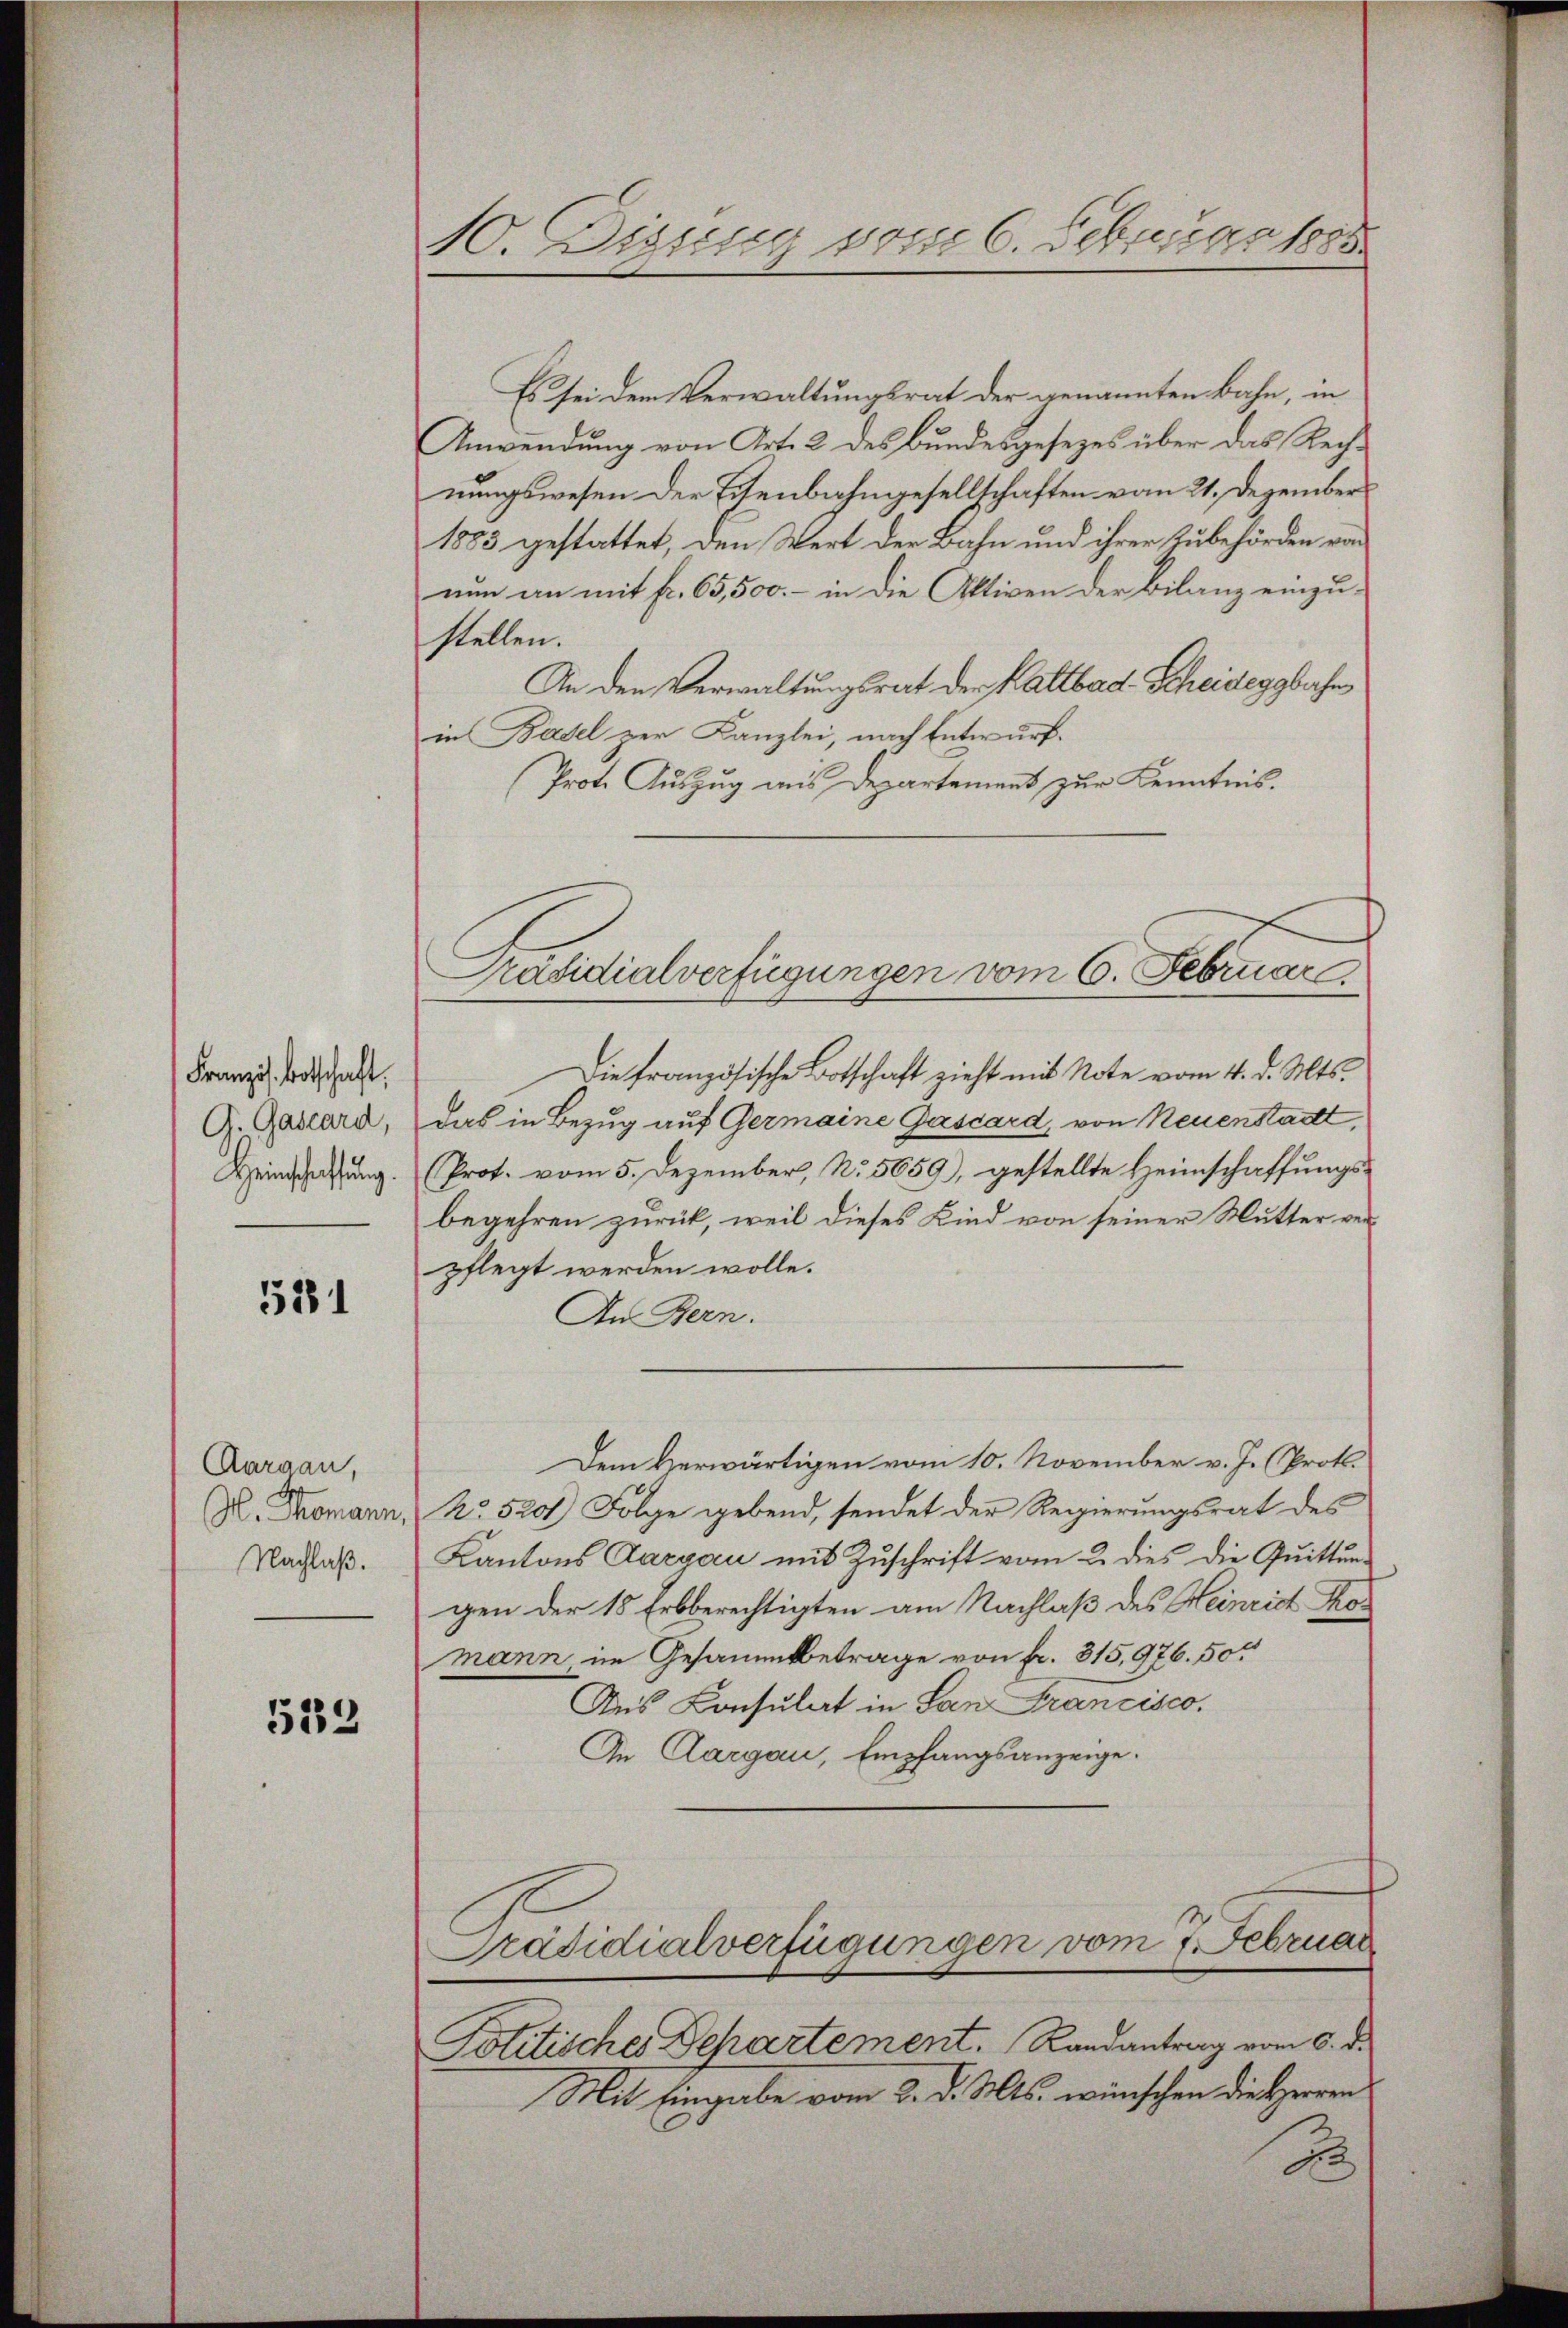
Französ. Botschaft,
G. Gasard,
Heinschaffung.

581

Aargau,
M. Thomann,
Nachlaß.

533

S. Dissung vom 6. Februar 1888

Es sei dem Verwaltungsrat der genannten Bahn, in
Anwendung von Art. 2 des Bundesgesezes über das Rechnungswesen der Eisenbahngesellschaften vom 21. Dezembers
1883 gestattet, den Wert der Bahn und ihrer Zubehörden von
nun an mit fr. 65,500.- in die Aktiven der Bilanz einzu-
stellen.
An den Verwaltungsrat der Kaltbad Scheideggbahn
in Basel zur Kanzlei, nach Entwurf.
Prote Auszug aus Departement zur Kenntnis.
Die französische Botschaft zieht mit Note vom 4. d. Mts.
das in Bezug auf Germaine Gascard, von Neuenstadt,
(Prot. vom 5. Dezember, No. 5659), gestellte Heimschaffungsbegehren zurück, weil dieses Kind von seiner Mutter verpflegt werden wolle.
In Bern.
Dem verwärtigen vom 10. November v. J. (Proto¬
No. 5201) Folge gebend, sendet der Regierungsrat des
Kantons Aargau mit Zuschrift vom 2. dies die Quittun-
gen der 15 Erbberechtigten am Nachlaß des Heinrich Komann, im Gesammtbetrage von fr. 315,976. 50.
Aus Consulat in San Francisco.
In Aargau, Empfangsanzeige.
Präsidialverfügungen vom 1. Februar
Politisches Departement. Randantrag vom 6. d.
Mit Eingabe vom 3. d. Mts. wünschen die Herren
B

Präsidialverfügungen vom 6. Februar